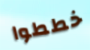
خططوا